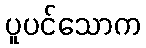
ပူပင်သောက